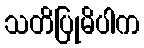
သတိပြုမိပါက